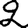
Digit: 2